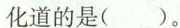
化道的是( )。